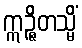
ဣဉ္ဇိတသ္မိံ